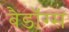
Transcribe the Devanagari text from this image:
बैडॉग्स